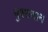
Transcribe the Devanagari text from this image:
पुश्तवान